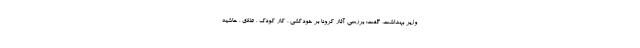
وزیر بهداشت، گفت: بررسی آثار کرونا بر خودکشی ، کار کودک ، طلاق ، حاشیه